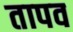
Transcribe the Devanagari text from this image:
तापव